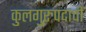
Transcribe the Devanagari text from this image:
कुलगुरुपदाची